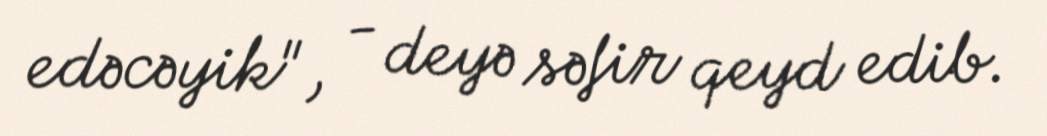
edəcəyik", - deyə səfir qeyd edib.